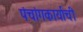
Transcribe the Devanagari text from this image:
पंचांगकार्याची